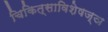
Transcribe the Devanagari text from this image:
चिकित्साविशेषज्ञ